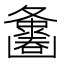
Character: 𪤵